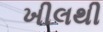
ખીલથી